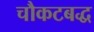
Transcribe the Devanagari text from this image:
चौकटबद्ध